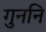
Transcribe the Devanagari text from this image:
गुननि